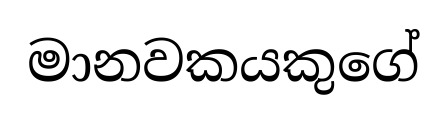
මානවකයකුගේ